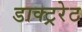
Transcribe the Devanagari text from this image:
डाक्ट्ररेट